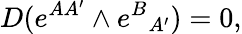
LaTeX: D(e^{AA^{\prime}}\wedge e^{B}{}_{A^{\prime}})=0,